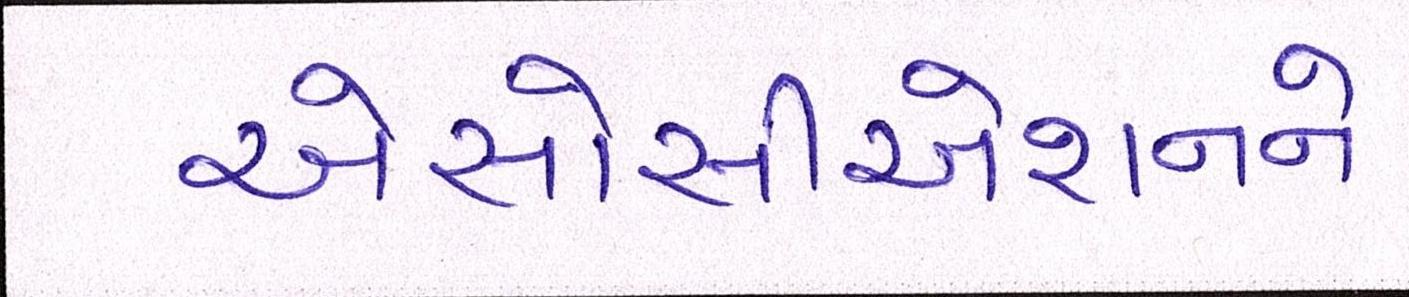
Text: એસોસીએશનને